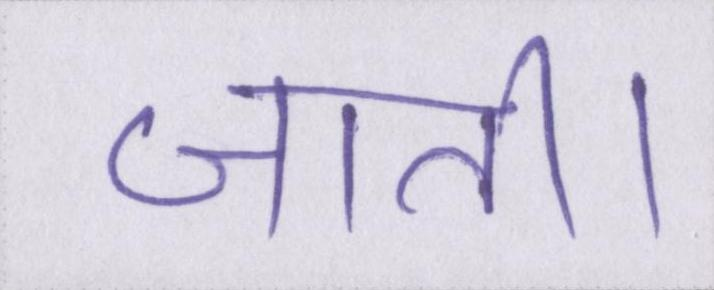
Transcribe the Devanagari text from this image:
जाती।